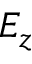
E _ { z }